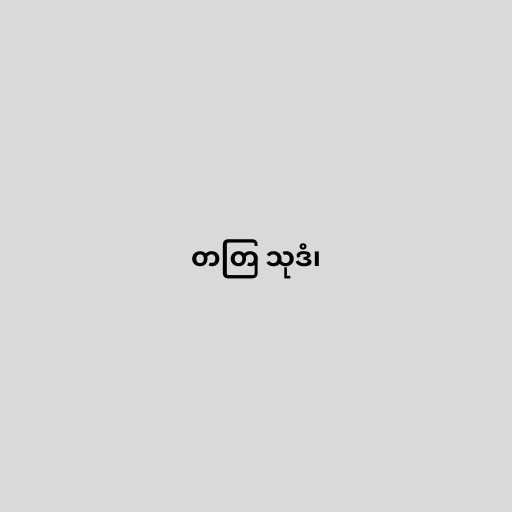
တတြ သုဒံ၊